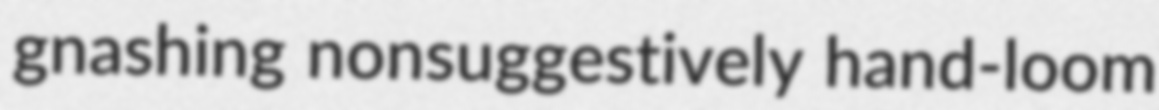
gnashing nonsuggestively hand-loom